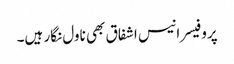
پروفیسر انیس اشفاق بھی ناول نگار ہیں۔